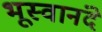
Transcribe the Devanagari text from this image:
भूस्वानंदे